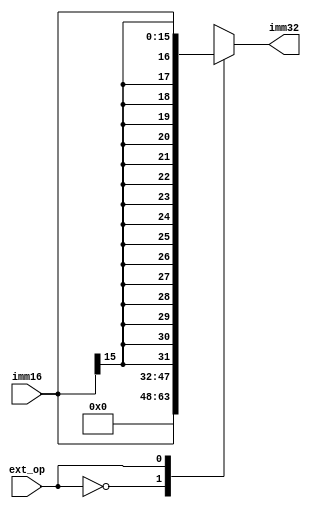
/*module ext (
	input [15:0] immediate, 
	input ExtSel, 
	output [31:0] extended_immediate
    );
	assign extended_immediate = (ExtSel)?{{16{immediate[15]}}, immediate[15:0]}
											:{{16{1'b0}}, immediate[15:0]};
endmodule*/

module ext(imm16, ext_op, imm32);

    output reg [31:0] imm32;
    input ext_op;
    input [15:0] imm16;

    always @(*) begin
        case (ext_op)
            0: imm32 = {{16{1'b0}}, imm16};
            1: imm32 = {{16{imm16[15]}}, imm16};
        endcase
    end

endmodule